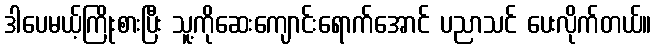
ဒါပေမယ့်ကြိုးစားပြီး သူ့ကိုဆေးကျောင်းရောက်အောင် ပညာသင် ပေးလိုက်တယ်။